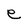
Character: e